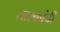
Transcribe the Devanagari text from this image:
तारकांची